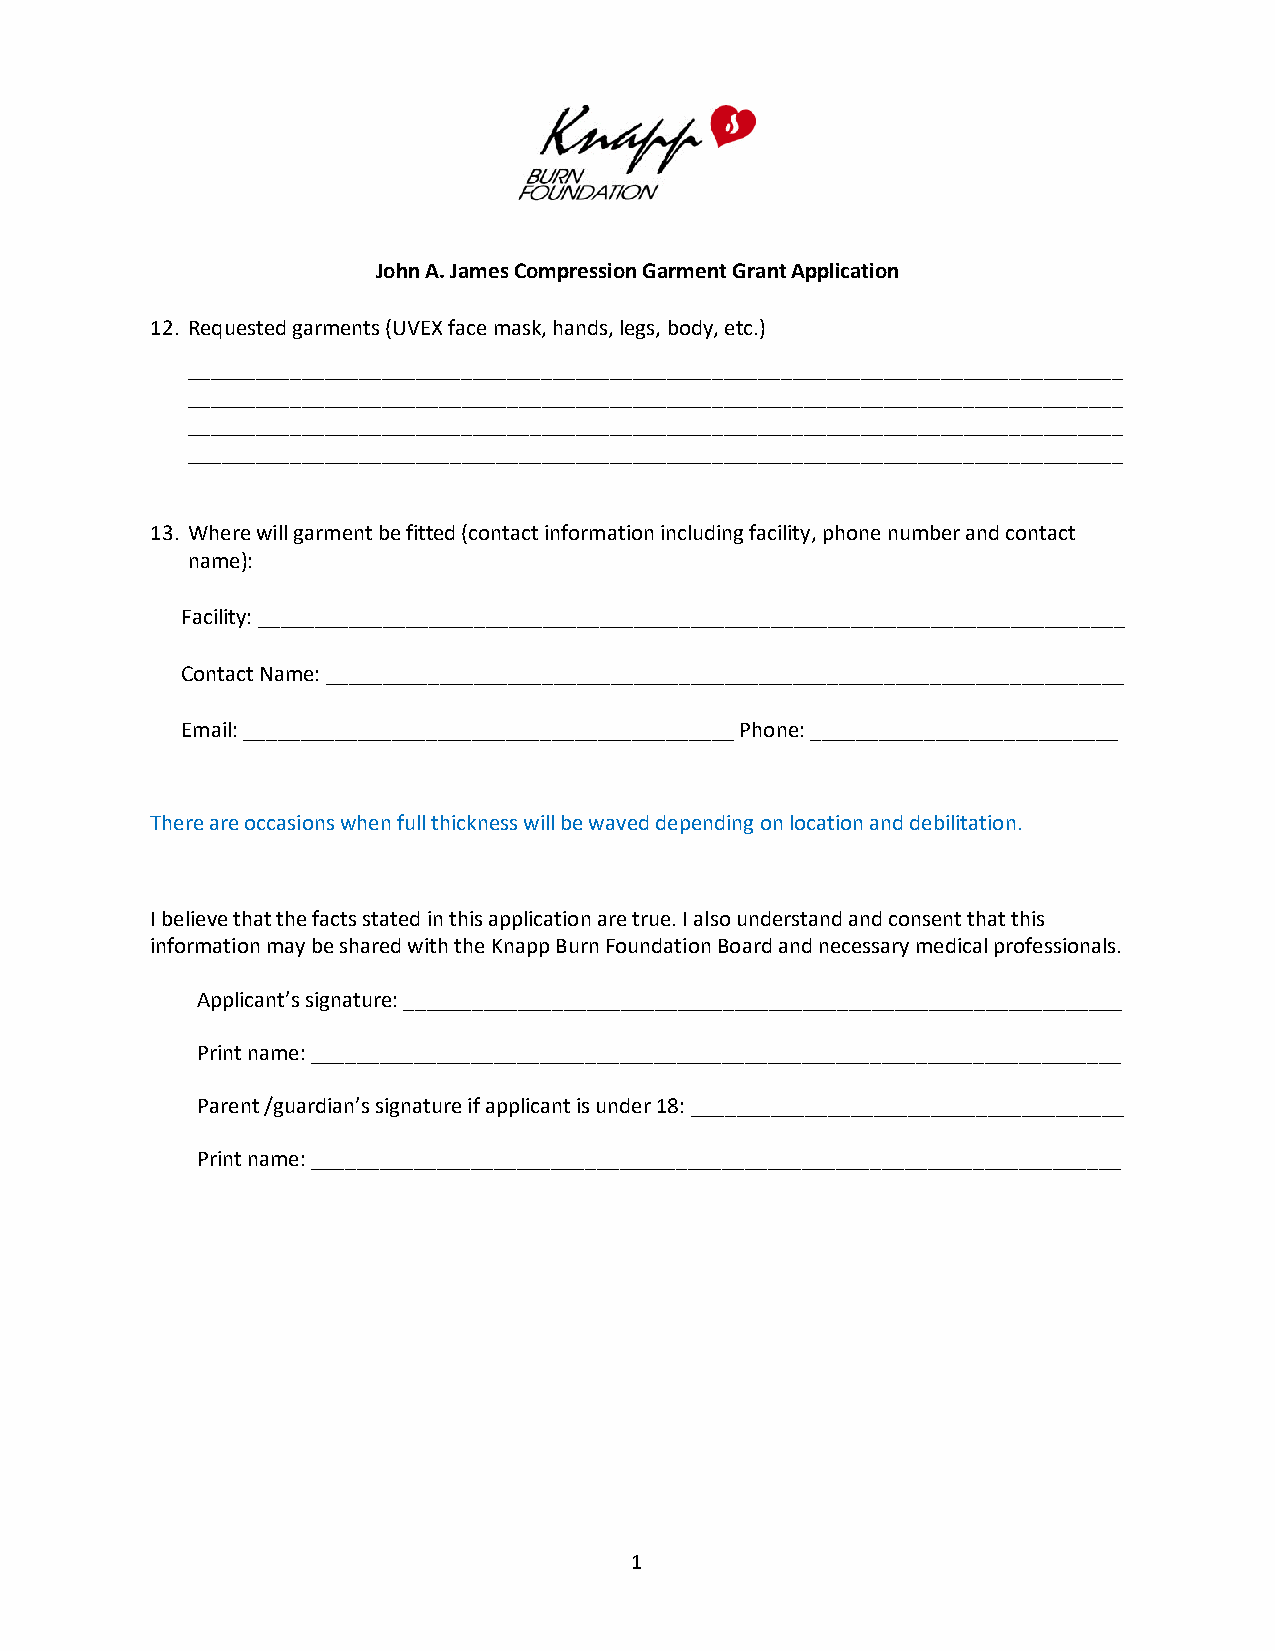
John A. James Compression Garment Grant Application
 12. Requested garments (UVEX face mask, hands, legs, body, etc.)
 __________________________________________________________________________________
 __________________________________________________________________________________
 __________________________________________________________________________________
 __________________________________________________________________________________
 13. Where will garment be fitted (contact information including facility, phone number and contact
 name):
 Facility: ____________________________________________________________________________
 Contact Name: ______________________________________________________________________
 Email: ___________________________________________ Phone: ___________________________
 There are occasions when full thickness will be waved depending on location and debilitation.
 I believe that the facts stated in this application are true. I also understand and consent that this
 information may be shared with the Knapp Burn Foundation Board and necessary medical professionals.
 Applicant’s signature: _______________________________________________________________
 Print name: _______________________________________________________________________
 Parent /guardian’s signature if applicant is under 18: ______________________________________
 Print name: _______________________________________________________________________
 1
 2
 2